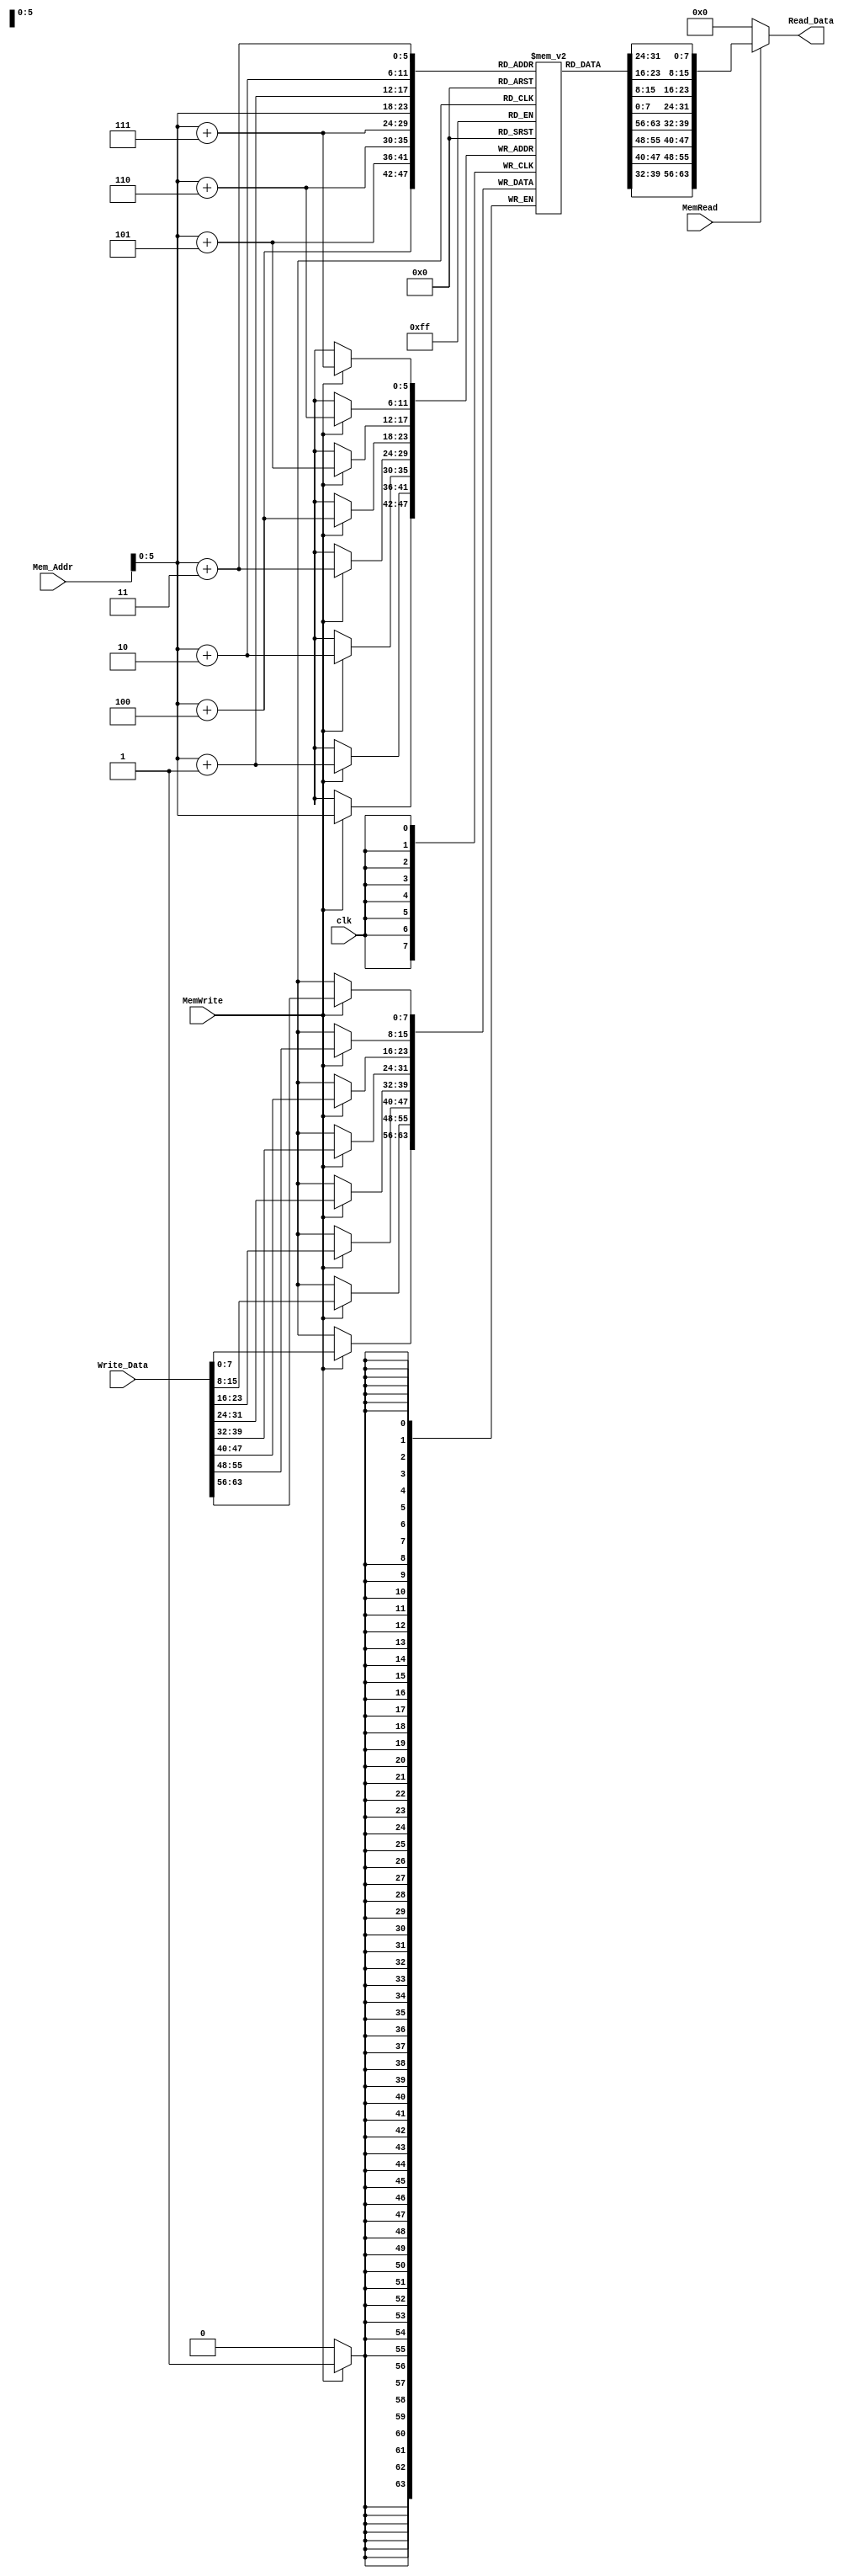
module Data_Memory
(
  input [63:0]Mem_Addr, Write_Data,
  input clk, MemWrite, MemRead,
  output reg [63:0] Read_Data
);

reg [7:0]regs[63:0];

integer index;

initial
begin
for(index = 0; index < 64; index = index + 1)
  begin
    regs[index] = index;
  end
end

always@(posedge clk)
begin
  if(MemWrite)
    begin
      regs[Mem_Addr + 4'h7] = Write_Data[63:56];
      regs[Mem_Addr + 4'h6] = Write_Data[55:48];
      regs[Mem_Addr + 4'h5] = Write_Data[47:40];
      regs[Mem_Addr + 4'h4] = Write_Data[39:32];
      regs[Mem_Addr + 4'h3] = Write_Data[31:24];
      regs[Mem_Addr + 4'h2] = Write_Data[23:16];
      regs[Mem_Addr + 4'h1] = Write_Data[15:8];
      regs[Mem_Addr]     = Write_Data[7:0];
    end
end

always@(Mem_Addr, MemRead, clk)
begin
  if(MemRead)
    begin
      Read_Data <= {regs[Mem_Addr + 4'h7] , regs[Mem_Addr + 4'h6] , regs[Mem_Addr + 4'h5] , regs[Mem_Addr + 4'h4] , 
                  regs[Mem_Addr + 4'h3] , regs[Mem_Addr + 4'h2] , regs[Mem_Addr + 4'h1] , regs[Mem_Addr]};
    end
  else
    begin
      Read_Data <= 64'b0;
    end
end

endmodule